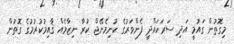
މިގޮތުން ގައުމީ އަދި ސަރަހައްދީ ފެންވަރުގެ ކުނިމެނޭޖް ކުރާ ނިޒާމެއް ޤާއިމުކުރުމުގެ ގޮތުން